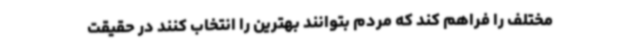
مختلف را فراهم کند که مردم بتوانند بهترین را انتخاب کنند در حقیقت